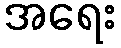
အရေး